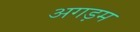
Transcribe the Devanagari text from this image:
अगड़म